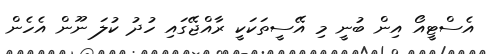
އެސްޓީއޯ އިން ބުނީ މި އޭސީތަކަކީ ރާއްޖޭގައި ހުދު ކުލަ ނޫން އެހެން